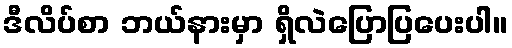
ဒီလိပ်စာ ဘယ်နားမှာ ရှိလဲပြောပြပေးပါ။